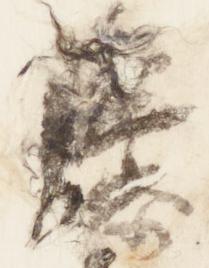
藤